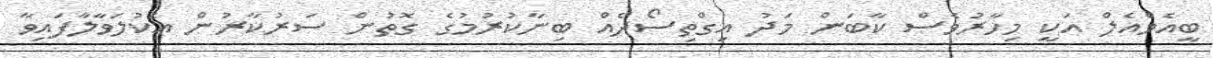
ބީއެމްއެލް އަކީ މިހާރުވެސް ކާބަން މަދު އިގްތިސޯދެއް ބިނާކުރުމުގެ ގޮތުން ސަރުކާރުން އެކުލަވާލާފައިވާ